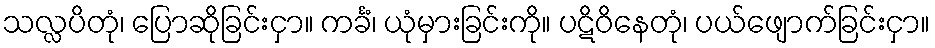
သလ္လပိတုံ၊ ပြောဆိုခြင်းငှာ။ ကင်္ခံ၊ ယုံမှားခြင်းကို။ ပဋိဝိနေတုံ၊ ပယ်ဖျောက်ခြင်းငှာ။